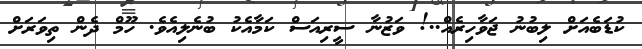
ކުޑަބެއަށް ލިބުނު ޖަވާހިރެއް..! ވަޒުނާ ސީރިއަސް ކަމާއެކު ބުނެލިއެވެ. ހޫމް ދެން ތިވަރަށް